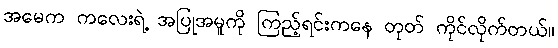
အမေက ကလေးရဲ့ အပြုအမူကို ကြည့်ရင်းကနေ တုတ် ကိုင်လိုက်တယ်။